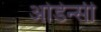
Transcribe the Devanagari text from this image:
ओडेन्सी